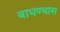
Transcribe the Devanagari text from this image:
बाधण्यास